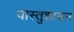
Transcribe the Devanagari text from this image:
वास्तुशासन